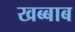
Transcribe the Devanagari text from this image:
खब्बाब